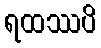
ရထဿပိ